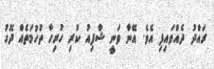
ރައްދު ދެއްވައިފި އެވެ. އޭނާ ވަނީ ޝާފިއު ކުރި ހުރިހާ ތުހުމަތެއް ދޮގު